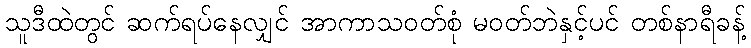
သူဒီထဲတွင် ဆက်ရပ်နေလျှင် အာကာသဝတ်စုံ မဝတ်ဘဲနှင့်ပင် တစ်နာရီခန့်